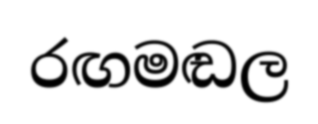
රඟමඬල